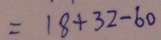
= 1 8 + 3 2 - 6 0